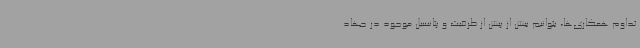
تداوم همکاری‌ها، بتوانیم بیش از پیش از ظرفیت و پتانسیل موجود در جهاد